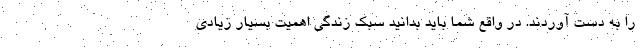
را به دست آوردند. در واقع شما باید بدانید سبک زندگی اهمیت بسیار زیادی